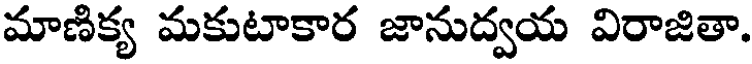
మాణిక్య మకుటాకార జానుద్వయ విరాజితా.